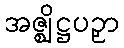
အဇ္ဈိဋ္ဌပဉှာ